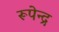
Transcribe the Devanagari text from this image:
रूपेन्द्र